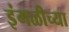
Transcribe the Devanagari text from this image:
इंगळीच्या